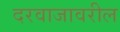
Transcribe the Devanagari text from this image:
दरवाजावरील